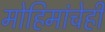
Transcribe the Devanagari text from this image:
मोहिमांचेही